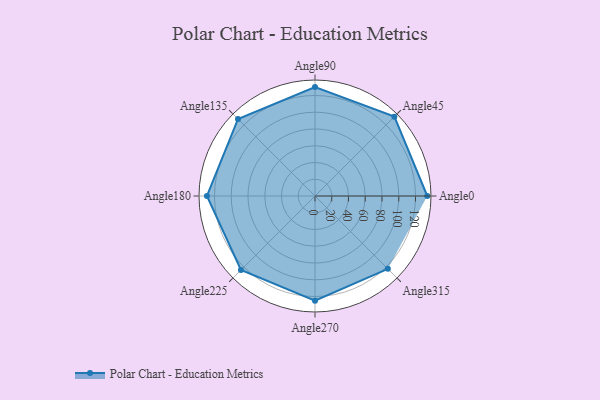
{"axis": {"x": "Angle", "y": "Radius"}, "legend": [""], "data": [{"x": "Angle0", "y": 134.0, "type": ""}, {"x": "Angle45", "y": 134.0, "type": ""}, {"x": "Angle90", "y": 130.0, "type": ""}, {"x": "Angle135", "y": 130.0, "type": ""}, {"x": "Angle180", "y": 129.0, "type": ""}, {"x": "Angle225", "y": 125.0, "type": ""}, {"x": "Angle270", "y": 125.0, "type": ""}, {"x": "Angle315", "y": 123.0, "type": ""}]}